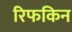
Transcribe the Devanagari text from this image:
रिफकिन